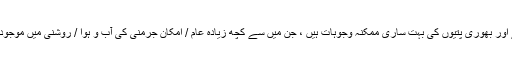
پیلے اور بھوری پتیوں کی بہت ساری ممکنہ وجوہات ہیں ، جن میں سے کچھ زیادہ عام / امکان جرمنی کی آب و ہوا / روشنی میں موجود ہیں۔